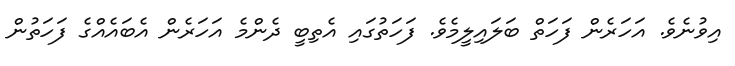
އިވުނެވެ. އަހަރެން ފަހަތް ބަލައިލީމެވެ. ފަހަތުގައި އެތިބީ ދެންމެ އަހަރެން އެބައެއްގެ ފަހަތުން